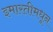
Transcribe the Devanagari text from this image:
इमारतीमधून